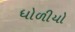
ધોળીયો